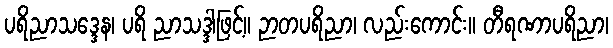
ပရိညာသဒ္ဒေန၊ ပရိ ညာသဒ္ဒါဖြင့်။ ဉာတပရိညာ၊ လည်းကောင်း။ တီရဏာပရိညာ၊